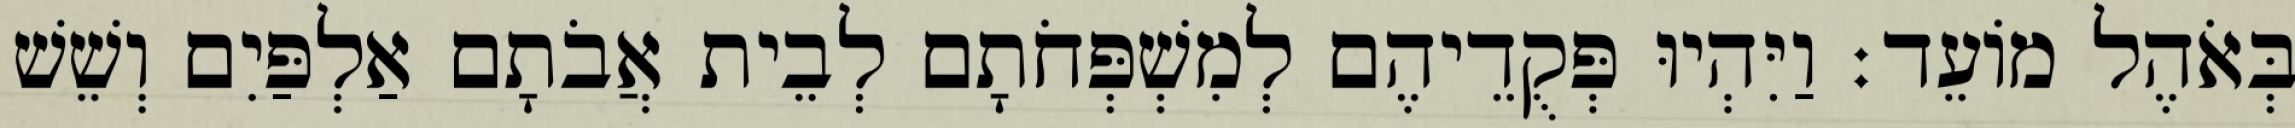
בְּאֹהֶל מוֹעֵד׃ וַיִּהְיוּ פְּקֻדֵיהֶם לְמִשְׁפְּחֹתָם לְבֵית אֲבֹתָם אַלְפַּיִם וְשֵׁשׁ